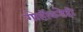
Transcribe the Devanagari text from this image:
गोष्टींकडेही